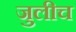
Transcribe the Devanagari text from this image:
जुलीच